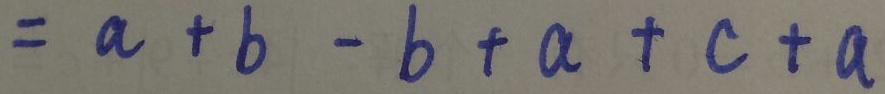
= a + b - b + a + c + a